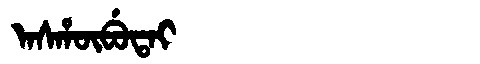
Manchu: ᠠᠰᡥᡡᠪᡠᡨᠠᡳ
Romanization: ASHŪBUTAI